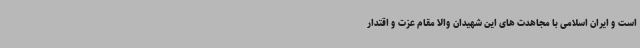
است و ایران اسلامی با مجاهدت های این شهیدان والا مقام عزت و اقتدار